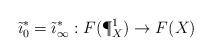
LaTeX: \begin{align*} \tilde\imath_0^*=\tilde\imath_\infty^* : F(\P^1_X) \to F(X)\end{align*}